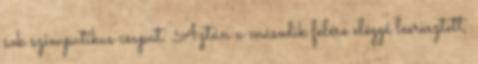
sok szimpatikus csapat: Aztán a második felére eléggé leeresztett,